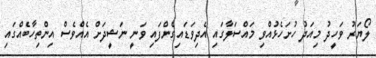
ލޯޔަރު ވަހީދު މިއަދު ހުށަހެޅުއްވި މައްސަލާގައި އެދިވަޑައިގެންފައި ވަނީ ނަޝީދަށް އެއްވެސް އިންތިހާބެއްގައި